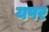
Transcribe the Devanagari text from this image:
यपर